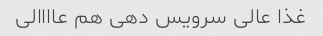
غذا عالی سرویس دهی هم عاااالی